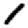
Digit: 1